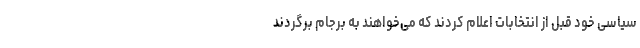
سیاسی خود قبل از انتخابات اعلام کردند که می‌خواهند به برجام برگردند